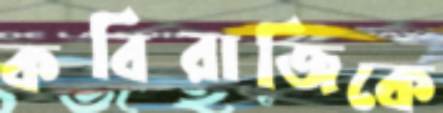
কবিরাজিকে